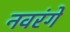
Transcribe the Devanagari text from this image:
नवरंगे